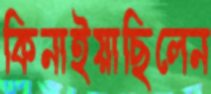
কিনাইয়াছিলেন